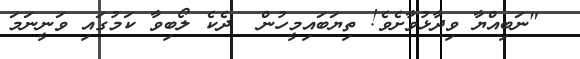
"ނަބިއްޔާ ވިދާޅުވާށެވެ! ތިޔަބައިމީހުން  ދެކެ ލޯބިވާ ކަމުގައި ވަނީނަމަ